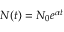
N ( t ) = N _ { 0 } e ^ { \alpha t }